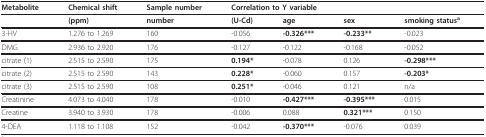
<table><thead><tr><td><b>Metabolite</b></td><td><b>Chemical shift</b></td><td><b>Sample number</b></td><td colspan="4"><b>Correlation to Y variable</b></td></tr></thead><tbody><tr><td>[EMPTY_CELL]</td><td><b>(ppm)</b></td><td><b>number</b></td><td><b>(U-Cd)</b></td><td><b>age</b></td><td><b>sex</b></td><td><b>smoking status<sup>a </sup></b></td></tr><tr><td>3-HV</td><td>1.276 to 1.269</td><td>160</td><td>-0.056</td><td><b>-0.326***</b></td><td><b>-0.233**</b></td><td>-0.023</td></tr><tr><td>DMG</td><td>2.936 to 2.920</td><td>176</td><td>-0.127</td><td>-0.122</td><td>-0.168</td><td>-0.052</td></tr><tr><td>citrate (1)</td><td>2.515 to 2.590</td><td>175</td><td><b>0.194*</b></td><td>-0.078</td><td>0.126</td><td><b>-0.298***</b></td></tr><tr><td>citrate (2)</td><td>2.515 to 2.590</td><td>143</td><td><b>0.228*</b></td><td>-0.060</td><td>0.157</td><td><b>-0.203*</b></td></tr><tr><td>citrate (3)</td><td>2.515 to 2.590</td><td>108</td><td><b>0.251*</b></td><td>-0.046</td><td>0.121</td><td>n/a</td></tr><tr><td>Creatinine</td><td>4.073 to 4.040</td><td>178</td><td>-0.010</td><td><b>-0.427***</b></td><td><b>-0.395***</b></td><td>0.015</td></tr><tr><td>Creatine</td><td>3.940 to 3.930</td><td>178</td><td>-0.006</td><td>0.088</td><td><b>0.321***</b></td><td>0.150</td></tr><tr><td>4-DEA</td><td>1.118 to 1.108</td><td>152</td><td>-0.042</td><td><b>-0.370***</b></td><td>-0.076</td><td>0.039</td></tr></tbody></table>